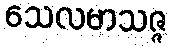
သေလမာသဇ္ဇ